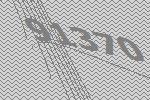
91370